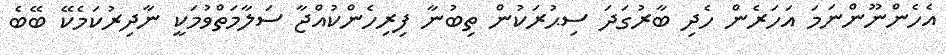
އެހެންނޫންނަމަ އަހަރެން ހެދި ބާރުގަދަ ސިޙުރަކުން ތިބުނާ ފިރިހެންކުއްޖާ ސަލާމަތްވުމަކީ ނާދިރުކަމެކޭ ބޭބެ